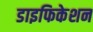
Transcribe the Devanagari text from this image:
डाइफिकेशन